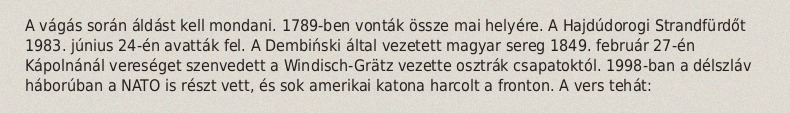
A vágás során áldást kell mondani. 1789-ben vonták össze mai helyére. A Hajdúdorogi Strandfürdőt 1983. június 24-én avatták fel. A Dembiński által vezetett magyar sereg 1849. február 27-én Kápolnánál vereséget szenvedett a Windisch-Grätz vezette osztrák csapatoktól. 1998-ban a délszláv háborúban a NATO is részt vett, és sok amerikai katona harcolt a fronton. A vers tehát: